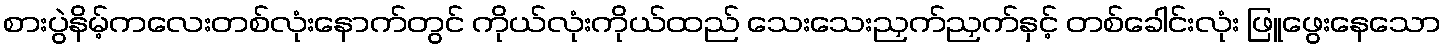
စားပွဲနိမ့်ကလေးတစ်လုံးနောက်တွင် ကိုယ်လုံးကိုယ်ထည် သေးသေးညှက်ညှက်နှင့် တစ်ခေါင်းလုံး ဖြူဖွေးနေသော